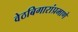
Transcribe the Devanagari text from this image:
वेठबिगारांप्रमाणे